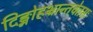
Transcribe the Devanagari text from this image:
दिङ्मोहभ्रान्तचेतसः